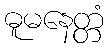
ဓူမနေတ္တံ